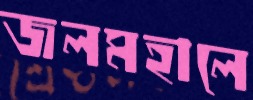
জলমহালে